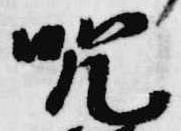
咒